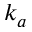
k _ { a }